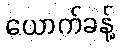
ယောက်ခန့်